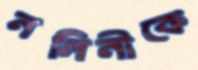
নলিনীকে